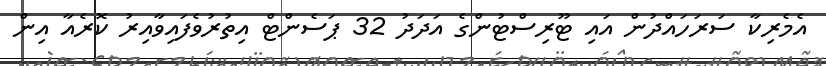
އެމެރިކާ ސަރަހައްދުން އައި ޓޫރިސްޓުންގެ އަދަދު 32 ޕަސެންޓް އިތުރުވެފައިވާއިރު ކޮރެއާ އިން